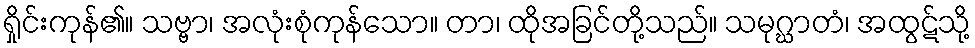
ရှိုင်းကုန်၏။ သဗ္ဗာ၊ အလုံးစုံကုန်သော။ တာ၊ ထိုအခြင်တို့သည်။ သမုဂ္ဃာတံ၊ အထွဋ်သို့